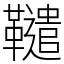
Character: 䪈